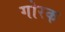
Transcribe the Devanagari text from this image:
गोरक